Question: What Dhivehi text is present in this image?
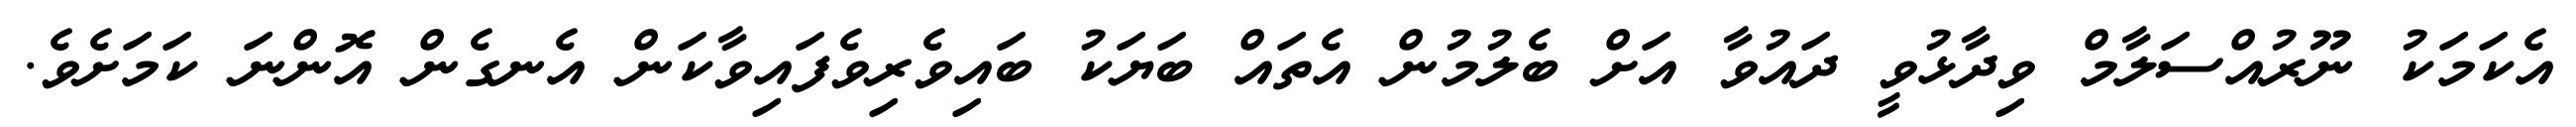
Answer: އެކަމަކު ނޫރުއްސަލާމް ވިދާޅުވީ ދައުވާ އަށް ބެލުމުން އެތައް ބަޔަކު ބައިވެރިވެފައިވާކަން އެނގެން އޮންނަ ކަމަށެވެ.